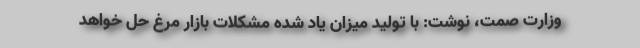
وزارت صمت، نوشت: با تولید میزان یاد شده مشکلات بازار مرغ حل خواهد